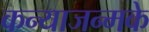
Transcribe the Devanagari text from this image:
कन्याजन्मके